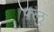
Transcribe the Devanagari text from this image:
फ़्लु